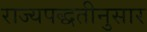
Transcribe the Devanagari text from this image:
राज्यपद्धतीनुसार